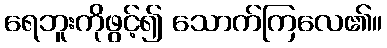
ရေဘူးကိုဖွင့်၍ သောက်ကြလေ၏။